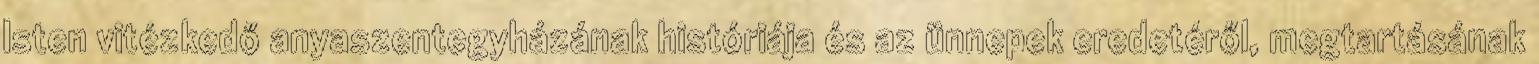
Isten vitézkedő anyaszentegyházának históriája és az ünnepek eredetéről, megtartásának